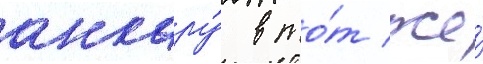
анкару́ в то́т же́